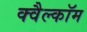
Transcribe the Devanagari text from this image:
क्वैल्कॉम